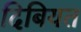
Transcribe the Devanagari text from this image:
दिबियत